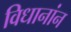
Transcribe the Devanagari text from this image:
विधानांन